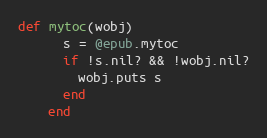
Language: Ruby
def mytoc(wobj)
      s = @epub.mytoc
      if !s.nil? && !wobj.nil?
        wobj.puts s
      end
    end